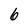
Character: 6